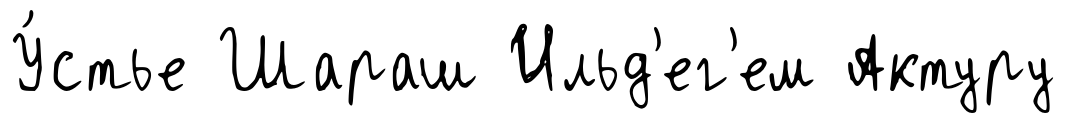
У́стье Шараш Ильд'ег'ем Актуру